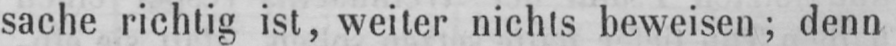
sache richtig ist, weiter nichts beweisen; denn